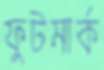
ফুটমার্ক